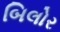
બિલોર